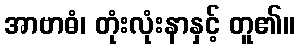
အာဗာဓံ၊ တုံးလုံးနာနှင့် တူ၏။